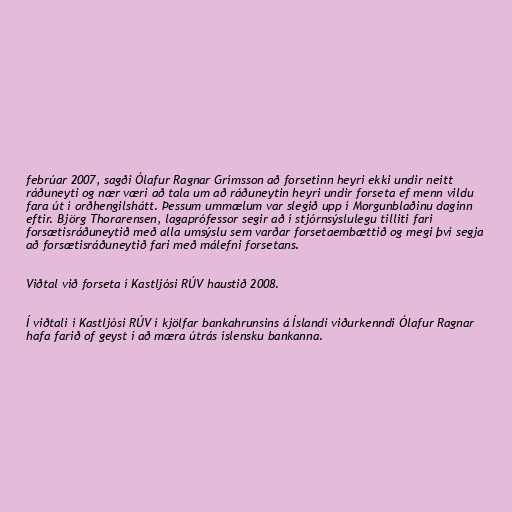
febrúar 2007, sagði Ólafur Ragnar Grímsson að forsetinn heyri ekki undir neitt
ráðuneyti og nær væri að tala um að ráðuneytin heyri undir forseta ef menn vildu
fara út í orðhengilshátt. Þessum ummælum var slegið upp í Morgunblaðinu daginn
eftir. Björg Thorarensen, lagaprófessor segir að í stjórnsýslulegu tilliti fari
forsætisráðuneytið með alla umsýslu sem varðar forsetaembættið og megi því segja
að forsætisráðuneytið fari með málefni forsetans.

Viðtal við forseta í Kastljósi RÚV haustið 2008.

Í viðtali í Kastljósi RÚV í kjölfar bankahrunsins á Íslandi viðurkenndi Ólafur Ragnar
hafa farið of geyst í að mæra útrás íslensku bankanna.